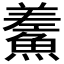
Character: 𩺃